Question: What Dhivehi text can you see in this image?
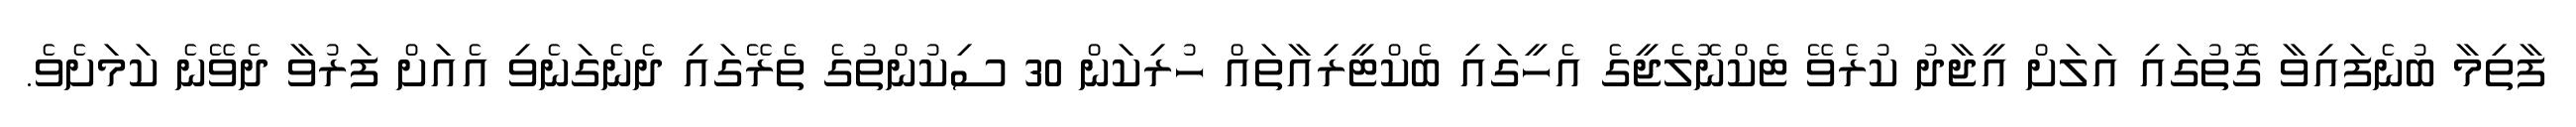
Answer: ފާތިމާ ބުނެފައިވާ ގޮތުގައި އަލަށް އީޖާދު ކުރެވޭ ޓެކްނޮލެޖީގެ އެހީގައި ބެކްޓީރިއާތައް ހުރިކަން 30 ސިކުންތުގެ ތެރޭގައި ދެނެގަނެވި އެއަށް ފަރުވާ ދެވޭނެ ކަމަށެވެ.